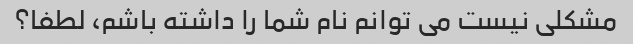
مشکلی نیست می توانم نام شما را داشته باشم، لطفا؟